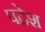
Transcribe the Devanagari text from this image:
पद्रेश